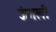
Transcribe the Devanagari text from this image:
ऊंगली